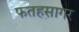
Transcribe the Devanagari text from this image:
फतहसागर